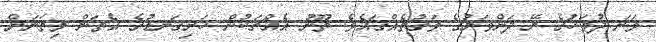
ވަނަ ދުވަހުގެ ރޭ ދަންވަރުގެ ވަގުތެއްގައެވެ. ތޫނު އެއްޗަކުން ހަށިގަނޑުގެ އެތަން މިތަނަށް